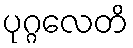
ပုဂ္ဂလေတိ